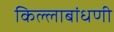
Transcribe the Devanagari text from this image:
किल्लाबांधणी